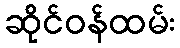
ဆိုင်ဝန်ထမ်း